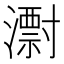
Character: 㵱